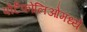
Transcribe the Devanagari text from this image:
पोर्टफोलिओमध्ये